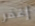
إغفر